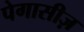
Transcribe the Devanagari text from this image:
पेगासीज़